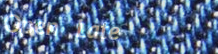
Open Late